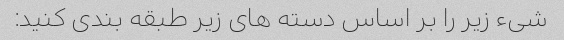
شیء زیر را بر اساس دسته های زیر طبقه بندی کنید: